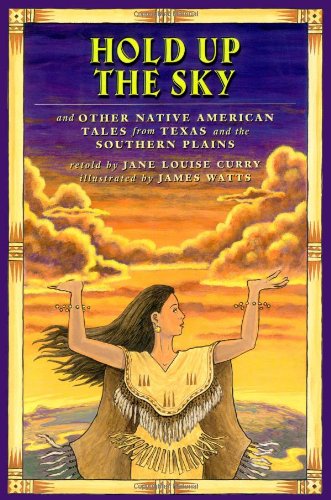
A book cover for Hold Up the Sky: And Other Native American Tales from Texas and the Southern Plains; Jane Louise Curry; Children's Books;